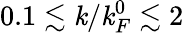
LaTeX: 0.1\lesssim\mathit{k}/\mathit{k}_{F}^{0}\lesssim2